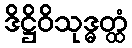
ဒိဋ္ဌိဝိသုဒ္ဓတ္ထံ